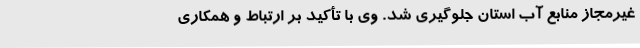
غیرمجاز منابع آب استان جلوگیری شد. وی با تأکید بر ارتباط و همکاری